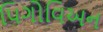
પિગોવિઅન